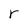
Character: r